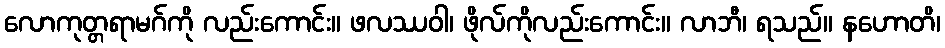
လောကုတ္တရာမဂ်ကို လည်းကောင်း။ ဖလဿဝါ၊ ဖိုလ်ကိုလည်းကောင်း။ လာဘီ၊ ရသည်။ နဟောတိ၊